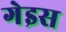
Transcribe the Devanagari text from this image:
गेइस